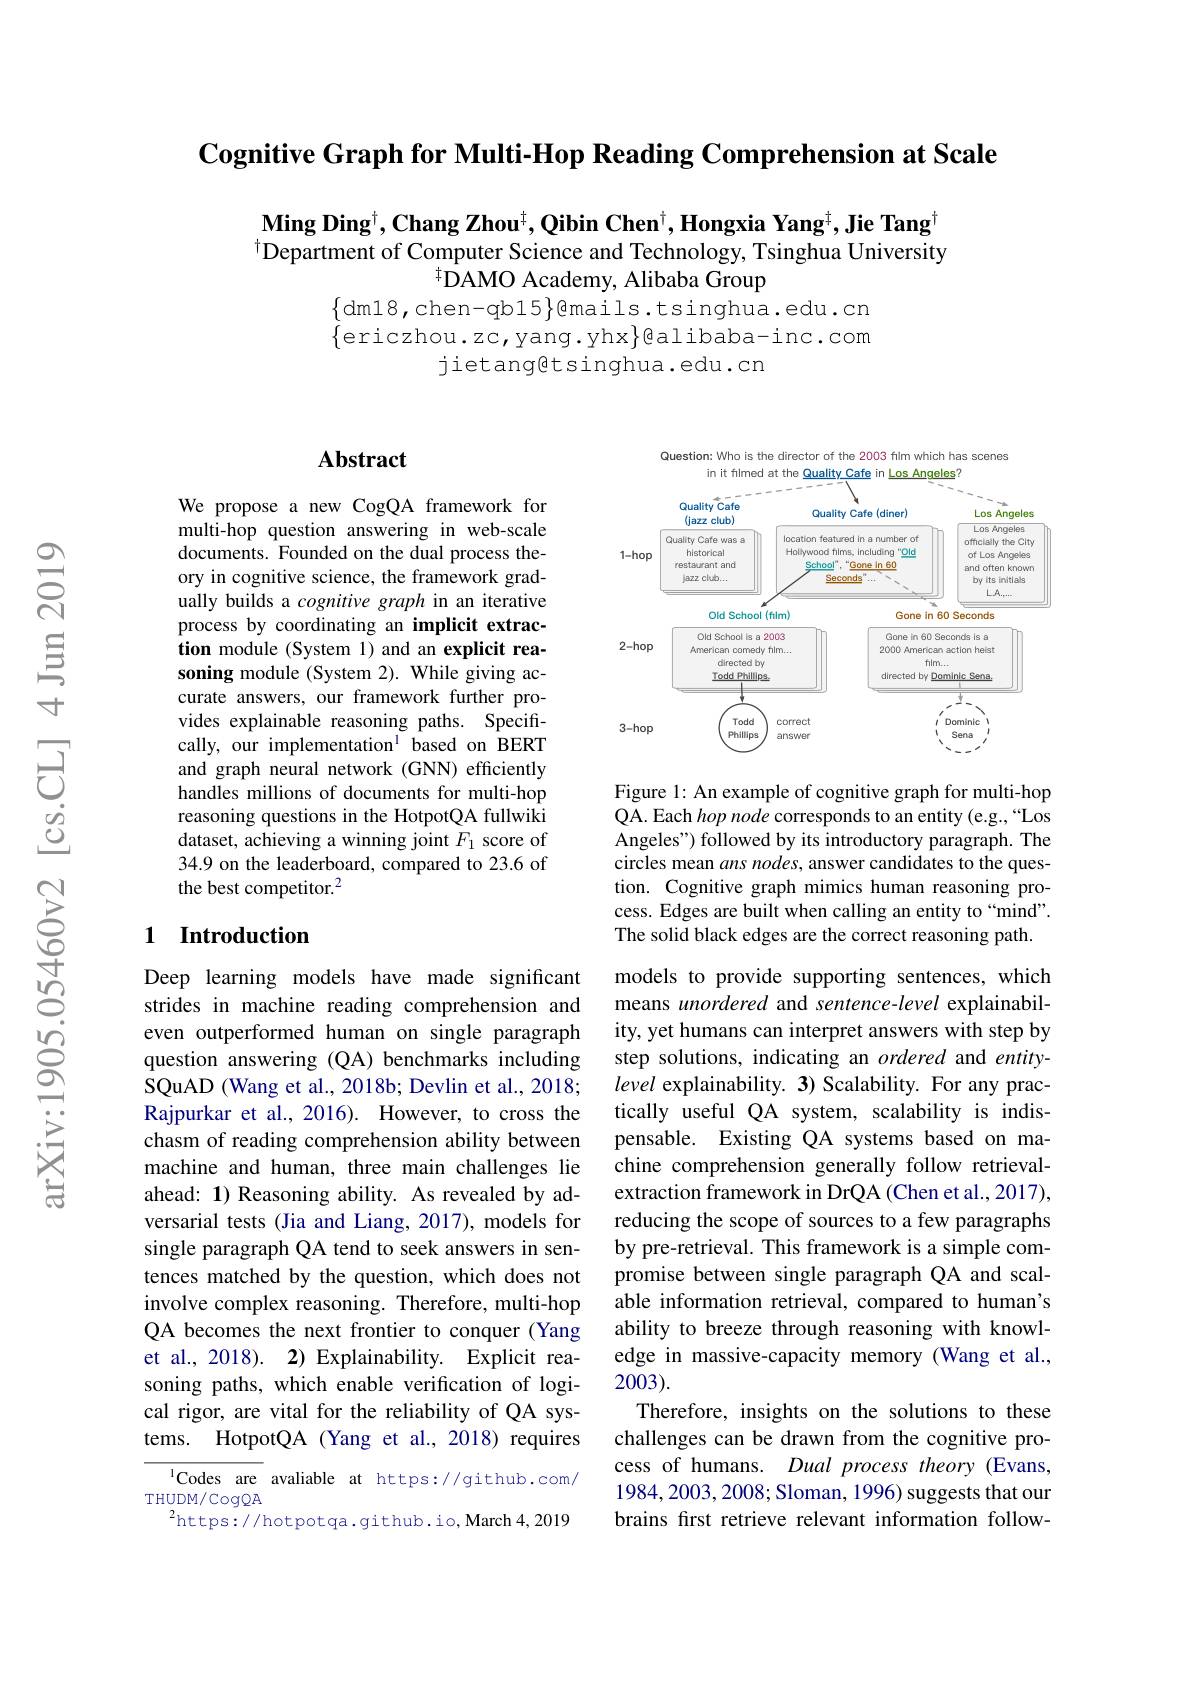
$\textbf{Cognitive Graph for Multi- Hop Reading Comprehension at Scale}$

$\mathbf{Ming~Ding}^{\dagger},\mathbf{Chang~Zhou}^{\dagger},\mathbf{Qibin~Chen}^{\dagger},\mathbf{Hongxia~Yang}^{\dagger},\mathbf{Jie~Tang}^{\dagger}$ $^{\dagger}$Department of Computer Science and Technology, Tsinghua University
$^{\dagger}$DAMO Academy, Alibaba Group

$\{$dm18,chen-qb15}Q{}mails.tsinghua.edu.cn

$\{$ericzhou.zc,yang.yhx$\}$@alibaba-inc.com
jietang@tsinghua.edu.cn

### Abstract

We propose a new CogQA framework for multi-hop question answering in web-scale documents. Founded on the dual process theory in cognitive science, the framework gradually builds a cognitive graph in an iterative process by coordinating an implicit extraction module (System 1) and an explicit reasoning module (System 2). While giving accurate answers, our framework further provides explainable reasoning paths. Specifically, our implementation$^{\mathrm{l}}$ based on BERT and graph neural network (GNN) efficiently handles millions of documents for multi-hop reasoning questions in the HotpotQA fullwiki dataset, achieving a winning joint $F_1$ score of 34.9 on the leaderboard, compared to 23.6 of the best competitor.$^2$

## 1 Introduction

Deep learning models have made significant strides in machine reading comprehension and even outperformed human on single paragraph question answering (QA) benchmarks including SQuAD (Wang et al., 2018b; Devlin et al., 2018; Rajpurkar et al., 2016). However, to cross the chasm of reading comprehension ability between machine and human, three main challenges lie ahead: 1) Reasoning ability. As revealed by adversarial tests (Jia and Liang, 2017), models for single paragraph QA tend to seek answers in sentences matched by the question, which does not involve complex reasoning. Therefore, multi-hop QA becomes the next frontier to conquer (Yang et al., 2018). 2) Explainability. Explicit reasoning paths, which enable verification of logical rigor, are vital for the reliability of QA systems. HotpotQA (Yang et al., 2018) requires

$^{1}$Codes are avaliable at https://github.com/
THUDM/CogQA
$^{2}$https://hotpotqa.github.io,March 4,2019

Question: Who is the director of the 2003 film which has scenes
<FigureHere>

Figure 1: An example of cognitive graph for multi-hop QA. Each hop node corresponds to an entity (e.g.,“Los Angeles") followed by its introductory paragraph. The circles mean ans nodes, answer candidates to the question. Cognitive graph mimics human reasoning process. Edges are built when calling an entity to “mind”. The solid black edges are the correct reasoning path.

models to provide supporting sentences, which means unordered and sentence-level explainability, yet humans can interpret answers with step by step solutions, indicating an ordered and entitylevel explainability. 3) Scalability. For any practically useful QA system, scalability is indispensable. Existing QA systems based on machine comprehension generally follow retrievalextraction framework in DrQA (Chen et al., 2017), reducing the scope of sources to a few paragraphs by pre-retrieval. This framework is a simple compromise between single paragraph QA and scalable information retrieval, compared to human's ability to breeze through reasoning with knowledge in massive-capacity memory (Wang et al., 2003).
Therefore, insights on the solutions to these challenges can be drawn from the cognitive process of humans. Dual process theory (Evans, 1984,2003,2008; Sloman, 1996) suggests that our brains fırst retrieve relevant information follow-